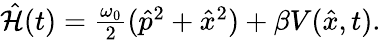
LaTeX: \begin{array}{r}{\hat{\mathcal{H}}(t)=\frac{\omega_{0}}{2}(\hat{p}^{2}+\hat{x}^{2})+\beta V(\hat{x},t).}\end{array}